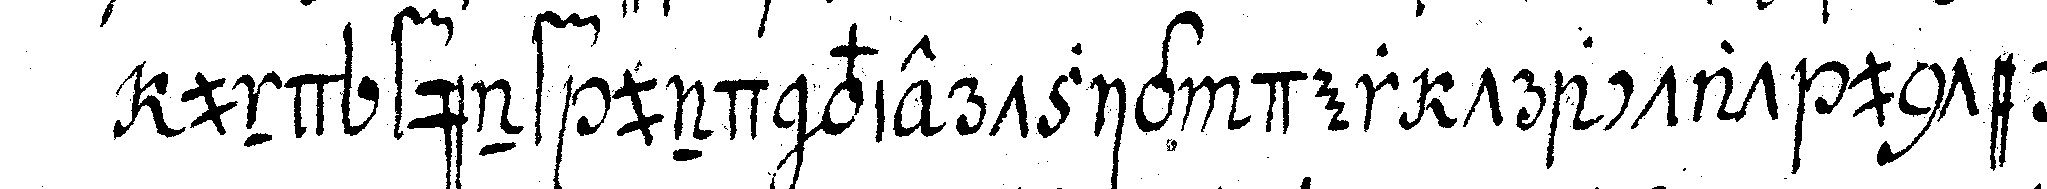
und fünf und viertzig der tractat unter